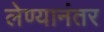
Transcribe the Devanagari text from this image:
लेण्यानंतर